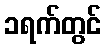
၁ရက်တွင်